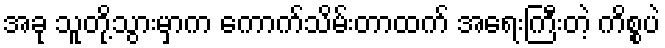
အခု သူတို့သွားမှာက ကောက်သိမ်းတာထက် အရေးကြီးတဲ့ ကိစ္စပဲ